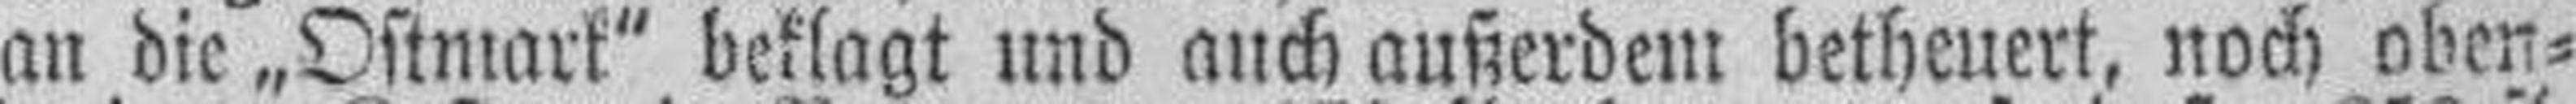
an die „Ostmark" beklagt und auch außerdem betheuert, noch oben¬